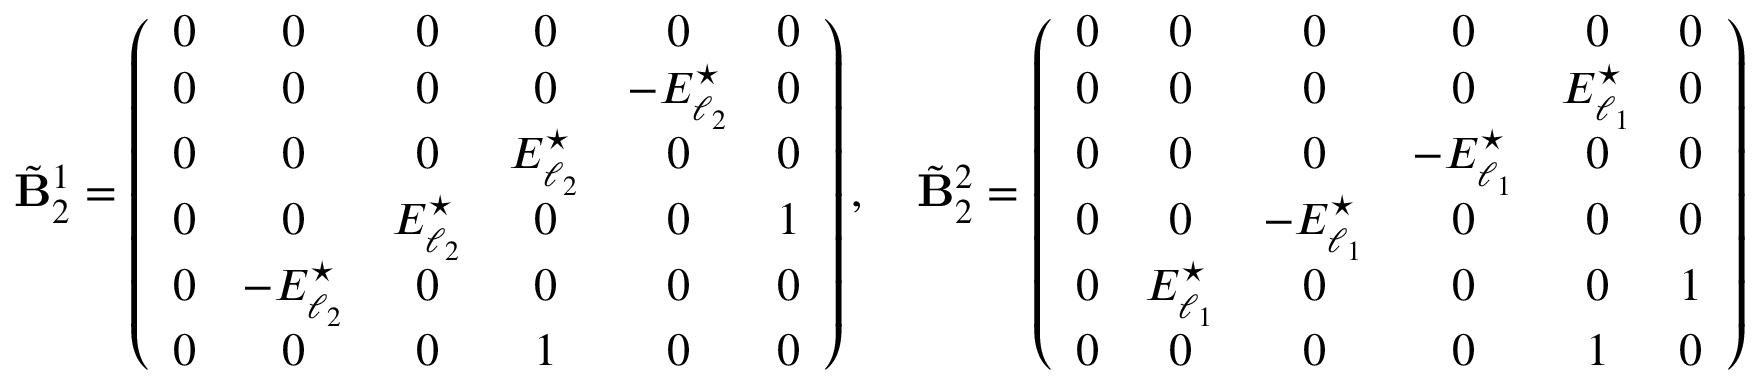
\tilde { \mathbf { B } } _ { 2 } ^ { 1 } = \left( \begin{array} { c c c c c c } { 0 } & { 0 } & { 0 } & { 0 } & { 0 } & { 0 } \\ { 0 } & { 0 } & { 0 } & { 0 } & { - E _ { \ell _ { 2 } } ^ { \star } } & { 0 } \\ { 0 } & { 0 } & { 0 } & { E _ { \ell _ { 2 } } ^ { \star } } & { 0 } & { 0 } \\ { 0 } & { 0 } & { E _ { \ell _ { 2 } } ^ { \star } } & { 0 } & { 0 } & { 1 } \\ { 0 } & { - E _ { \ell _ { 2 } } ^ { \star } } & { 0 } & { 0 } & { 0 } & { 0 } \\ { 0 } & { 0 } & { 0 } & { 1 } & { 0 } & { 0 } \end{array} \right) , \quad \tilde { \mathbf { B } } _ { 2 } ^ { 2 } = \left( \begin{array} { c c c c c c } { 0 } & { 0 } & { 0 } & { 0 } & { 0 } & { 0 } \\ { 0 } & { 0 } & { 0 } & { 0 } & { E _ { \ell _ { 1 } } ^ { \star } } & { 0 } \\ { 0 } & { 0 } & { 0 } & { - E _ { \ell _ { 1 } } ^ { \star } } & { 0 } & { 0 } \\ { 0 } & { 0 } & { - E _ { \ell _ { 1 } } ^ { \star } } & { 0 } & { 0 } & { 0 } \\ { 0 } & { E _ { \ell _ { 1 } } ^ { \star } } & { 0 } & { 0 } & { 0 } & { 1 } \\ { 0 } & { 0 } & { 0 } & { 0 } & { 1 } & { 0 } \end{array} \right)